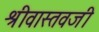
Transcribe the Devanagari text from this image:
श्रीवास्तवजी